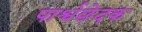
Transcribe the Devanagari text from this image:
पार्श्वछेदक